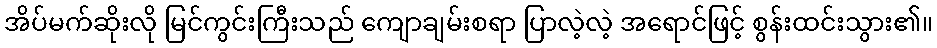
အိပ်မက်ဆိုးလို မြင်ကွင်းကြီးသည် ကျောချမ်းစရာ ပြာလဲ့လဲ့ အရောင်ဖြင့် စွန်းထင်းသွား၏။